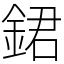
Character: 𨧡